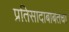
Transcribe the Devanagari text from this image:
प्रतिसादाबाबतचा